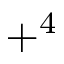
+ ^ { 4 }